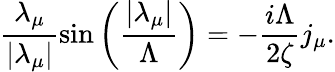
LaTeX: \frac{\lambda_{\mu}}{\left|\lambda_{\mu}\right|}\sin\left(\frac{\left|\lambda_{\mu}\right|}{\Lambda}\right)=-\frac{i\Lambda}{2\zeta}j_{\mu}.